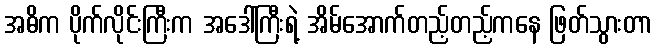
အဓိက ပိုက်လိုင်းကြီးက အဒေါ်ကြီးရဲ့ အိမ်အောက်တည့်တည့်ကနေ ဖြတ်သွားတာ